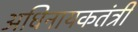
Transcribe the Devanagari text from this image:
अधिनायकतंत्री